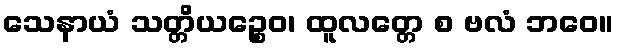
သေနာယံ သတ္တိယဉ္စေဝ၊ ထူလတ္တေ စ ဗလံ ဘဝေ။